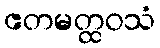
ဧတမတ္ထဝသံ